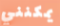
يمكنني